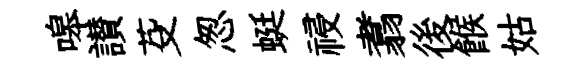
嗥讃芟怱蜓祲翥後餱姑